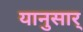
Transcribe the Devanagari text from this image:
यानुसार्